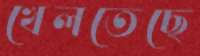
খেলতেছে